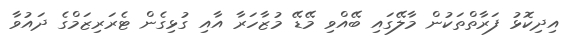
އިދިކޮޅު ފަރާތްތަކުން މާލޭގައި ބޭއްވި މޭޑޭ މުޒާހަރާ އާއި ގުޅިގެން ޓެރަރިޒަމްގެ ދައުވާ